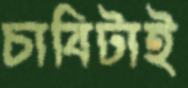
চাবিটাই